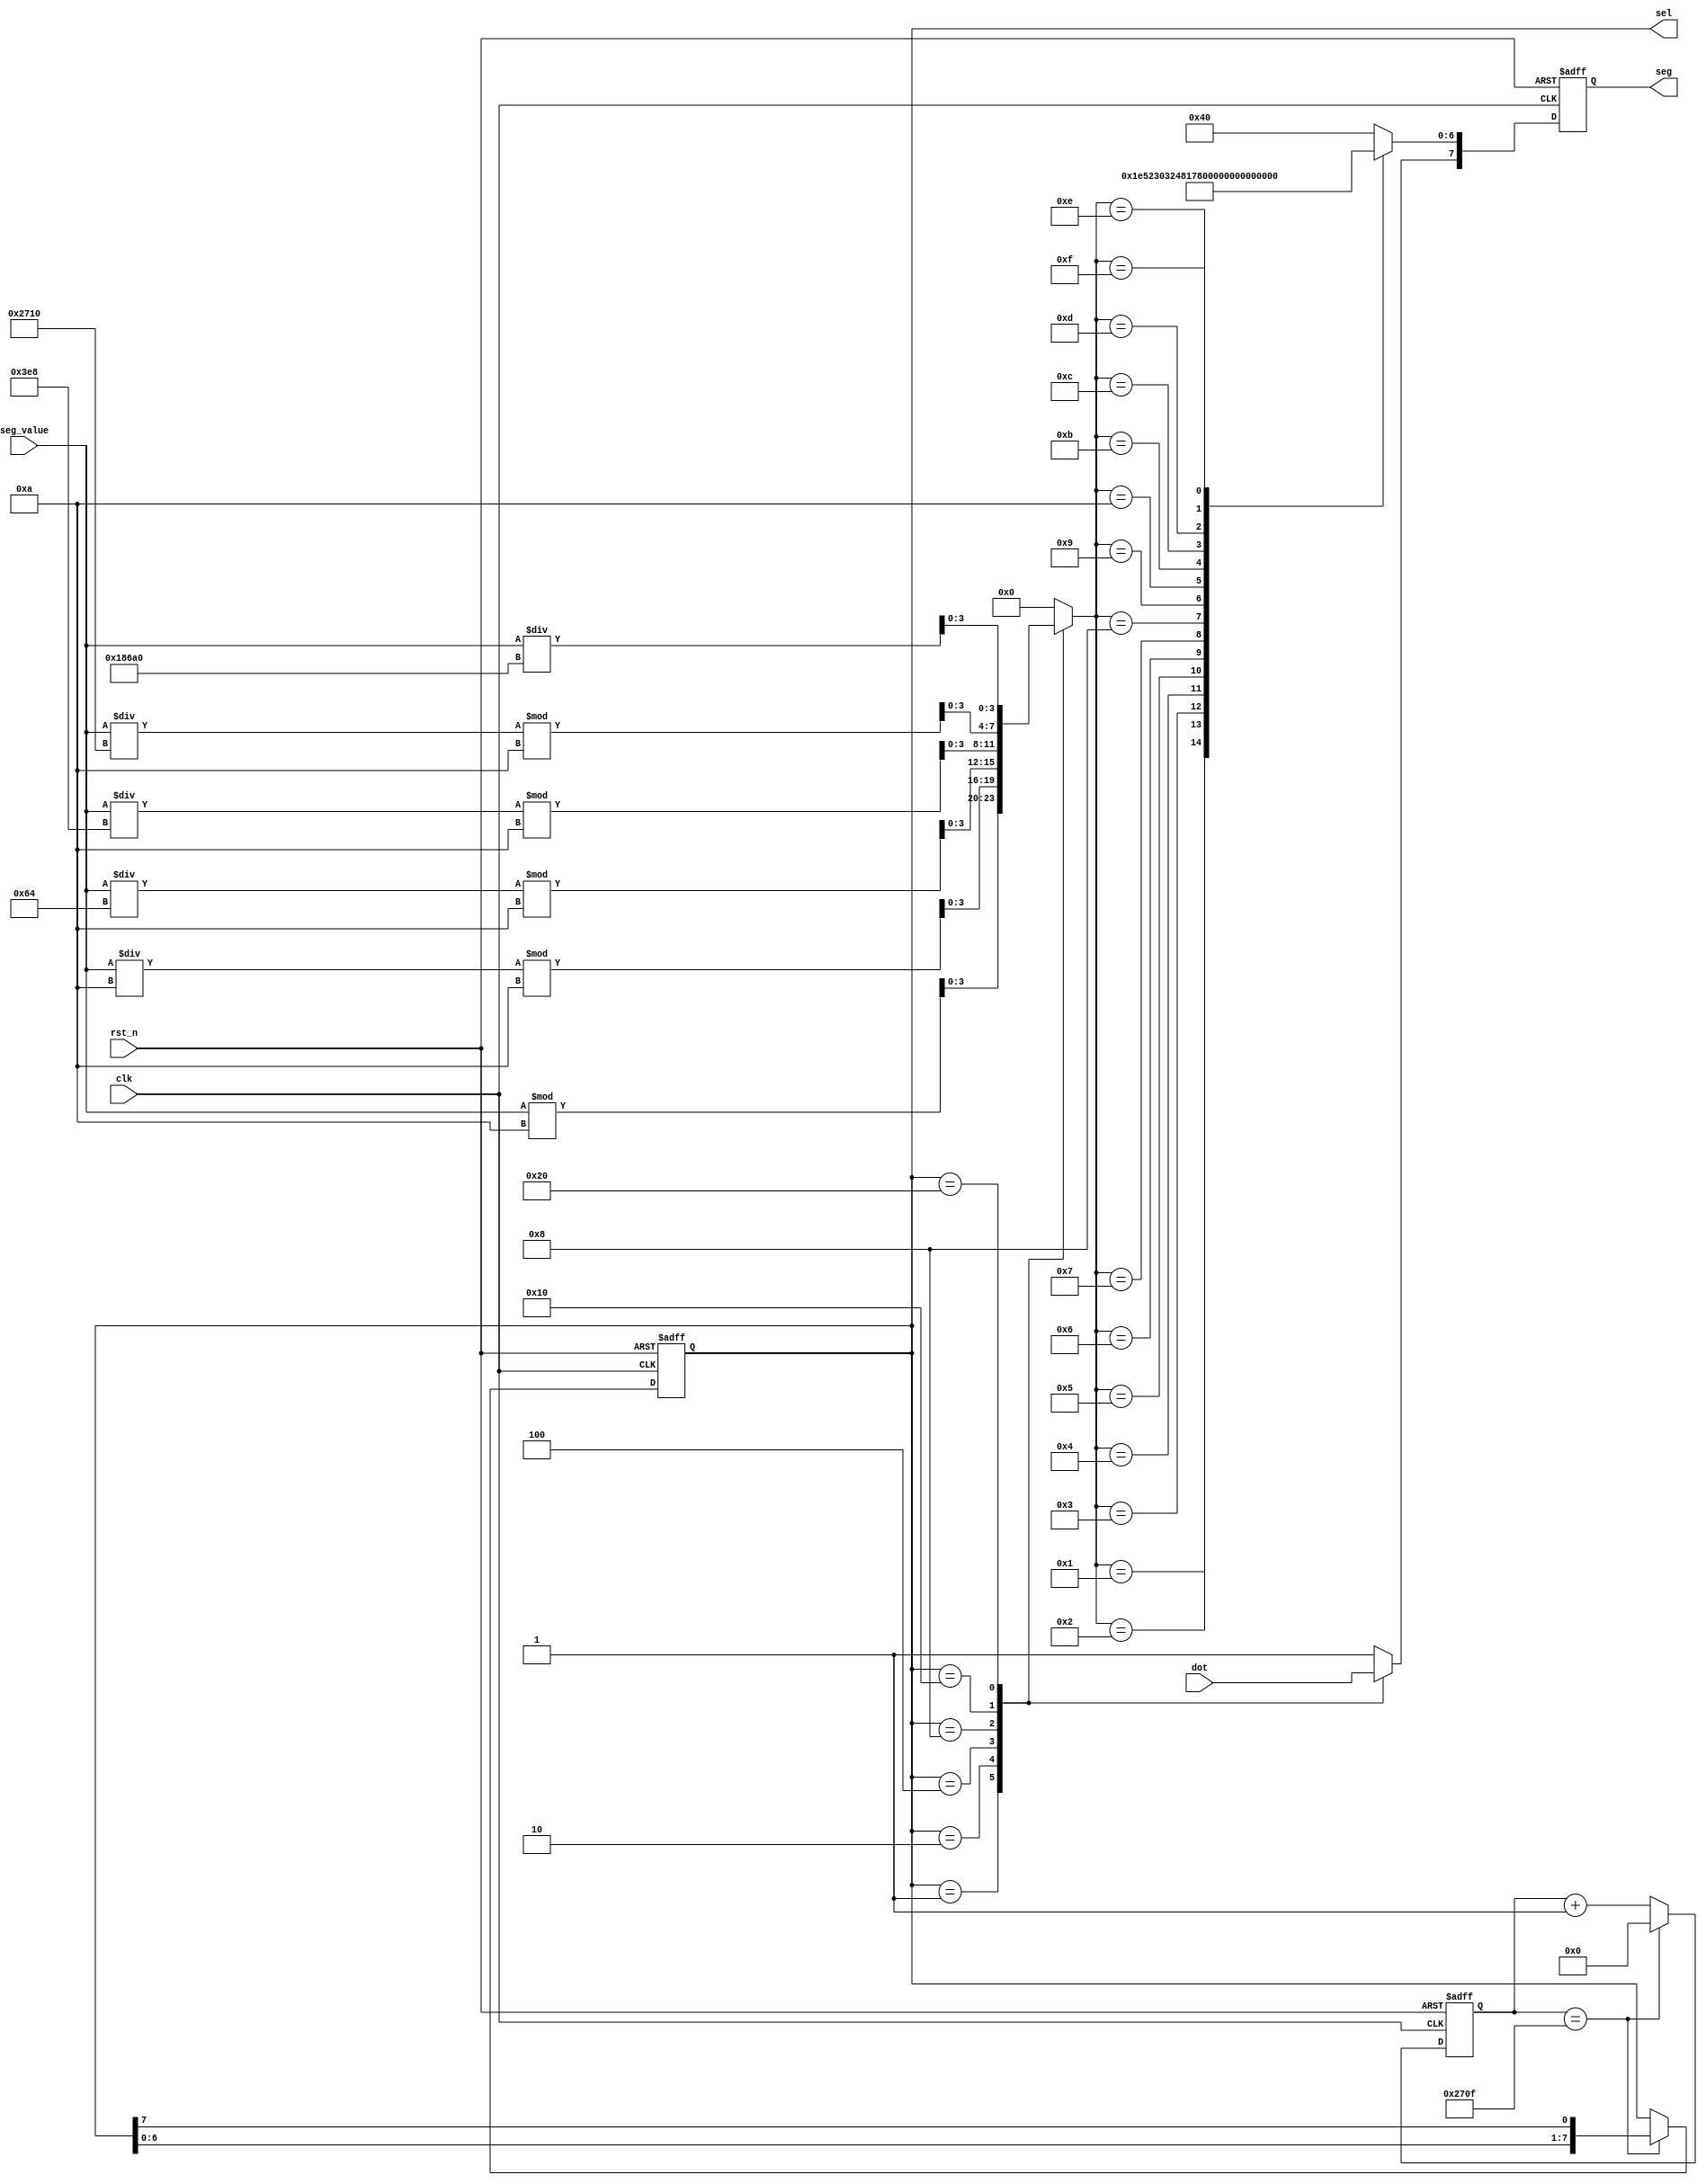
/*---------------------------------------------------------------*/
/*----------------module:                  ----------------------*/
/*-----------create_time:                  ----------------------*/
/*------------------name:yanghaidong       ----------------------*/
/*---------------------------------------------------------------*/
module seg_driver(
    input	wire		    clk		    ,
    input	wire		    rst_n	    ,
    //
    input   wire    [24:0]  seg_value   ,
    input   wire    [5:0]   dot         ,
    //
    output	reg     [7:0]	sel	        ,
    output	reg		[7:0]	seg	
);
    //
    parameter   TIME_200us   = 9999;

    localparam  N0          = 8'b1100_0000  ,
                N1          = 8'b1111_1001  ,
                N2          = 8'b1010_0100  ,
                N3          = 8'b1011_0000  ,
                N4          = 8'b1001_1001  ,
                N5          = 8'b1001_0010  ,
                N6          = 8'b1000_0010  ,
                N7          = 8'b1111_1000  ,
                N8          = 8'b1000_0000  ,
                N9          = 8'b1001_0000  ,
                NA          = 8'b1000_1000  ,
                NB          = 8'b1000_0011  ,
                NC          = 8'b1100_0110  ,
                ND          = 8'b1010_0001  ,
                NE          = 8'b1000_0110  ,
                NF          = 8'b1000_1110  ;
            
    //200us
    reg     [25:0]  cnt_200us        ;
    wire            add_cnt_200us    ;
    wire            end_cnt_200us    ;
    reg             dot_r           ;

    //
    wire    [3:0] 	sel0            ;//0
    wire    [3:0] 	sel1            ;//1
    wire    [3:0] 	sel2            ;//2
    wire    [3:0] 	sel3            ;//3
    wire    [3:0] 	sel4            ;//4
    wire    [3:0] 	sel5            ;//5
    reg     [4:0]   number          ;

    //
    //200us
    always@(posedge clk or negedge rst_n)begin
        if (!rst_n) begin
            cnt_200us <= 26'd0;
        end
        else begin
            if (add_cnt_200us) begin
                if (end_cnt_200us) begin
                    cnt_200us <= 26'd0;
                end
                else begin
                    cnt_200us <= cnt_200us + 26'd1;
                end
            end
            else begin
                cnt_200us <= cnt_200us;
            end
        end
    end

    assign add_cnt_200us = 1'b1;
    assign end_cnt_200us = add_cnt_200us && cnt_200us == TIME_200us;


    //
    always@(posedge clk or negedge rst_n)begin
        if(!rst_n)begin
            sel <= 8'b00_000_001;               //
        end 
        else if(end_cnt_200us)begin
            sel<={sel[6:0],sel[7]};      //200us
        end 
        else begin
            sel <= sel;                     //
        end 
    end

    assign sel0    = seg_value % 10             ;   //
    assign sel1    = seg_value /10      % 10    ;   //
    assign sel2    = seg_value /100     % 10    ;   //
    assign sel3    = seg_value /1000    % 10    ;   //
    assign sel4    = seg_value /10000   % 10    ;   //
    assign sel5    = seg_value /100000          ;   //

    //number
    always @(*) begin
        case(sel)
            8'b00_000_001: begin
                number = sel0   ;
                dot_r = dot[5];
            end
            8'b00_000_010: begin
                number = sel1   ;
                dot_r = dot[4]  ;
            end
            8'b00_000_100: begin
                number = sel2   ;
                dot_r = dot[3]  ;
            end
            8'b00_001_000: begin
                number = sel3   ;
                dot_r = dot[2]  ;
            end
            8'b00_010_000: begin
                number = sel4   ;
                dot_r = dot[1]  ;
            end
            8'b00_100_000: begin
                number = sel5   ;
                dot_r = dot[0]  ;
            end
            default: begin   
                number = 4'd0  ;
                dot_r = 1'b1;
            end
        endcase 
    end

    //
    always@(posedge clk or negedge rst_n)begin
        if(!rst_n)begin
            seg <= N0;//0
        end
        else begin
            case(number)
                5'd0    :	seg <= {dot_r,N0[6:0]};     
                5'd1    :	seg <= {dot_r,N1[6:0]};     
                5'd2    : 	seg <= {dot_r,N2[6:0]};     
                5'd3    : 	seg <= {dot_r,N3[6:0]};     
                5'd4    : 	seg <= {dot_r,N4[6:0]};     
                5'd5    : 	seg <= {dot_r,N5[6:0]};     
                5'd6    : 	seg <= {dot_r,N6[6:0]};     
                5'd7    : 	seg <= {dot_r,N7[6:0]};     
                5'd8    : 	seg <= {dot_r,N8[6:0]};     
                5'd9    :   seg <= {dot_r,N9[6:0]};     
                5'd10   :   seg <= {dot_r,NA[6:0]};
                5'd11   :   seg <= {dot_r,NB[6:0]};
                5'd12   :   seg <= {dot_r,NC[6:0]};
                5'd13   :   seg <= {dot_r,ND[6:0]};
                5'd14   :   seg <= {dot_r,NE[6:0]};
                5'd15   :   seg <= {dot_r,NF[6:0]};
                default:	seg <= {dot_r,N0[6:0]};     
            endcase 
        end
        
    end


endmodule